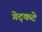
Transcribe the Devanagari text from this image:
गेट्कटे